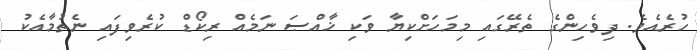
ހުރެއެވެ. ދިވެހިންގެ ތެރޭގައި މިމަހަށްކިޔާ ވަކި ޚާއްޞަ ނަމެއް ރިކޯޑް ކުރެވިފައި ނެތުމާއެކު